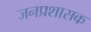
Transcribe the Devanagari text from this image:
जनप्रशासक